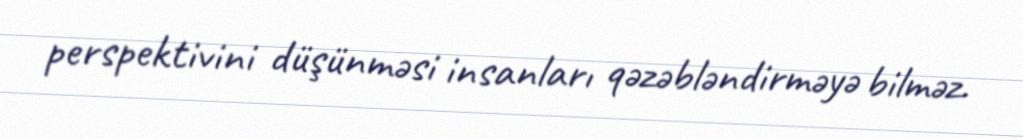
perspektivini düşünməsi insanları qəzəbləndirməyə bilməz.